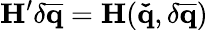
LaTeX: \mathbf{H}^{\prime}\delta\mathbf{\overline{{q}}}=\mathbf{H}(\mathbf{\check{q}},\delta\mathbf{\overline{{q}}})